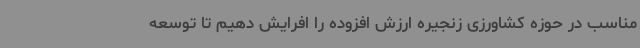
مناسب در حوزه کشاورزی زنجیره ارزش افزوده را افرایش دهیم تا توسعه